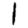
Digit: 1